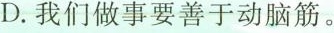
D.我们做事要善于动脑筋。